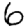
Digit: 6